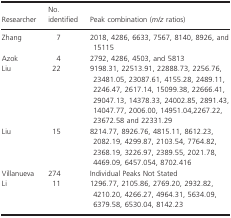
| Researcher | No. identified | Peak combination (m/z ratios) |
 | --- | --- | --- |
 | Zhang | 7 | 2018, 4286, 6633, 7567, 8140, 8926, and 15115 |
 | Azok | 4 | 2792, 4286, 4503, and 5813 |
 | Liu | 22 | 9198.31, 22513.91, 22888.73, 2256.76, 23481.05, 23087.61, 4155.28, 2489.11, 2246.47, 2617.14, 15099.38, 22666.41, 29047.13, 14378.33, 24002.85, 2891.43, 14047.77, 2006.00, 14951.04,2267.22, 23672.58 and 22331.29 |
 | Liu | 15 | 8214.77, 8926.76, 4815.11, 8612.23, 2082.19, 4299.87, 2103.54, 7764.82, 2368.19, 3226.97, 2389.55, 2021.78, 4469.09, 6457.054, 8702.416 |
 | Villanueva | 274 | Individual Peaks Not Stated |
 | Li | 11 | 1296.77, 2105.86, 2769.20, 2932.82, 4210.20, 4266.27, 4964.31, 5634.09, 6379.58, 6530.04, 8142.23 |